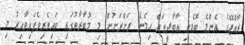
ރާއްޖޭގެ އެންމެ ބޮޑެތި އާބާދީތައް ހިމެނޭ ރަށްރަށުން މި މުބާރާތުގައި ބައިވެރިވެފައިވާއިރު މި